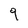
Character: 9